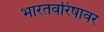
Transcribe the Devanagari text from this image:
भारतवरिषावर